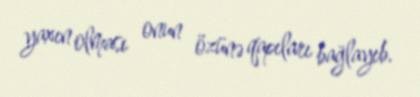
yaxın olması onun özünə qapıları bağlayıb.